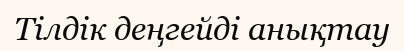
Тілдік деңгейді анықтау